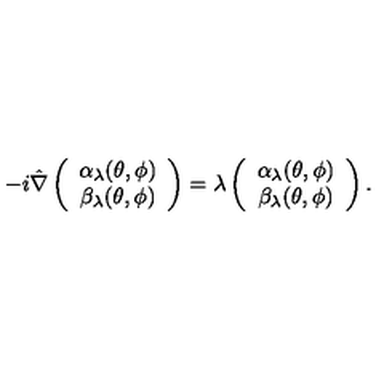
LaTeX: - i \hat { \nabla } \left( \begin{array} { c } { \alpha _ { \lambda } ( \theta , \phi ) } \\ { \beta _ { \lambda } ( \theta , \phi ) } \\ \end{array} \right) = \lambda \left( \begin{array} { c } { \alpha _ { \lambda } ( \theta , \phi ) } \\ { \beta _ { \lambda } ( \theta , \phi ) } \\ \end{array} \right) .